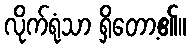
လိုက်ရုံသာ ရှိတော့၏။